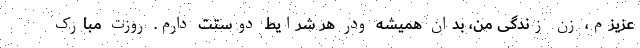
عزیزم، زن زندگی من، بدان همیشه ودر هر شرایط دوستت دارم. روزت مبارک